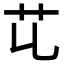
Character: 𦫷